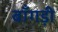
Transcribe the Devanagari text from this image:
बाँगड़ी